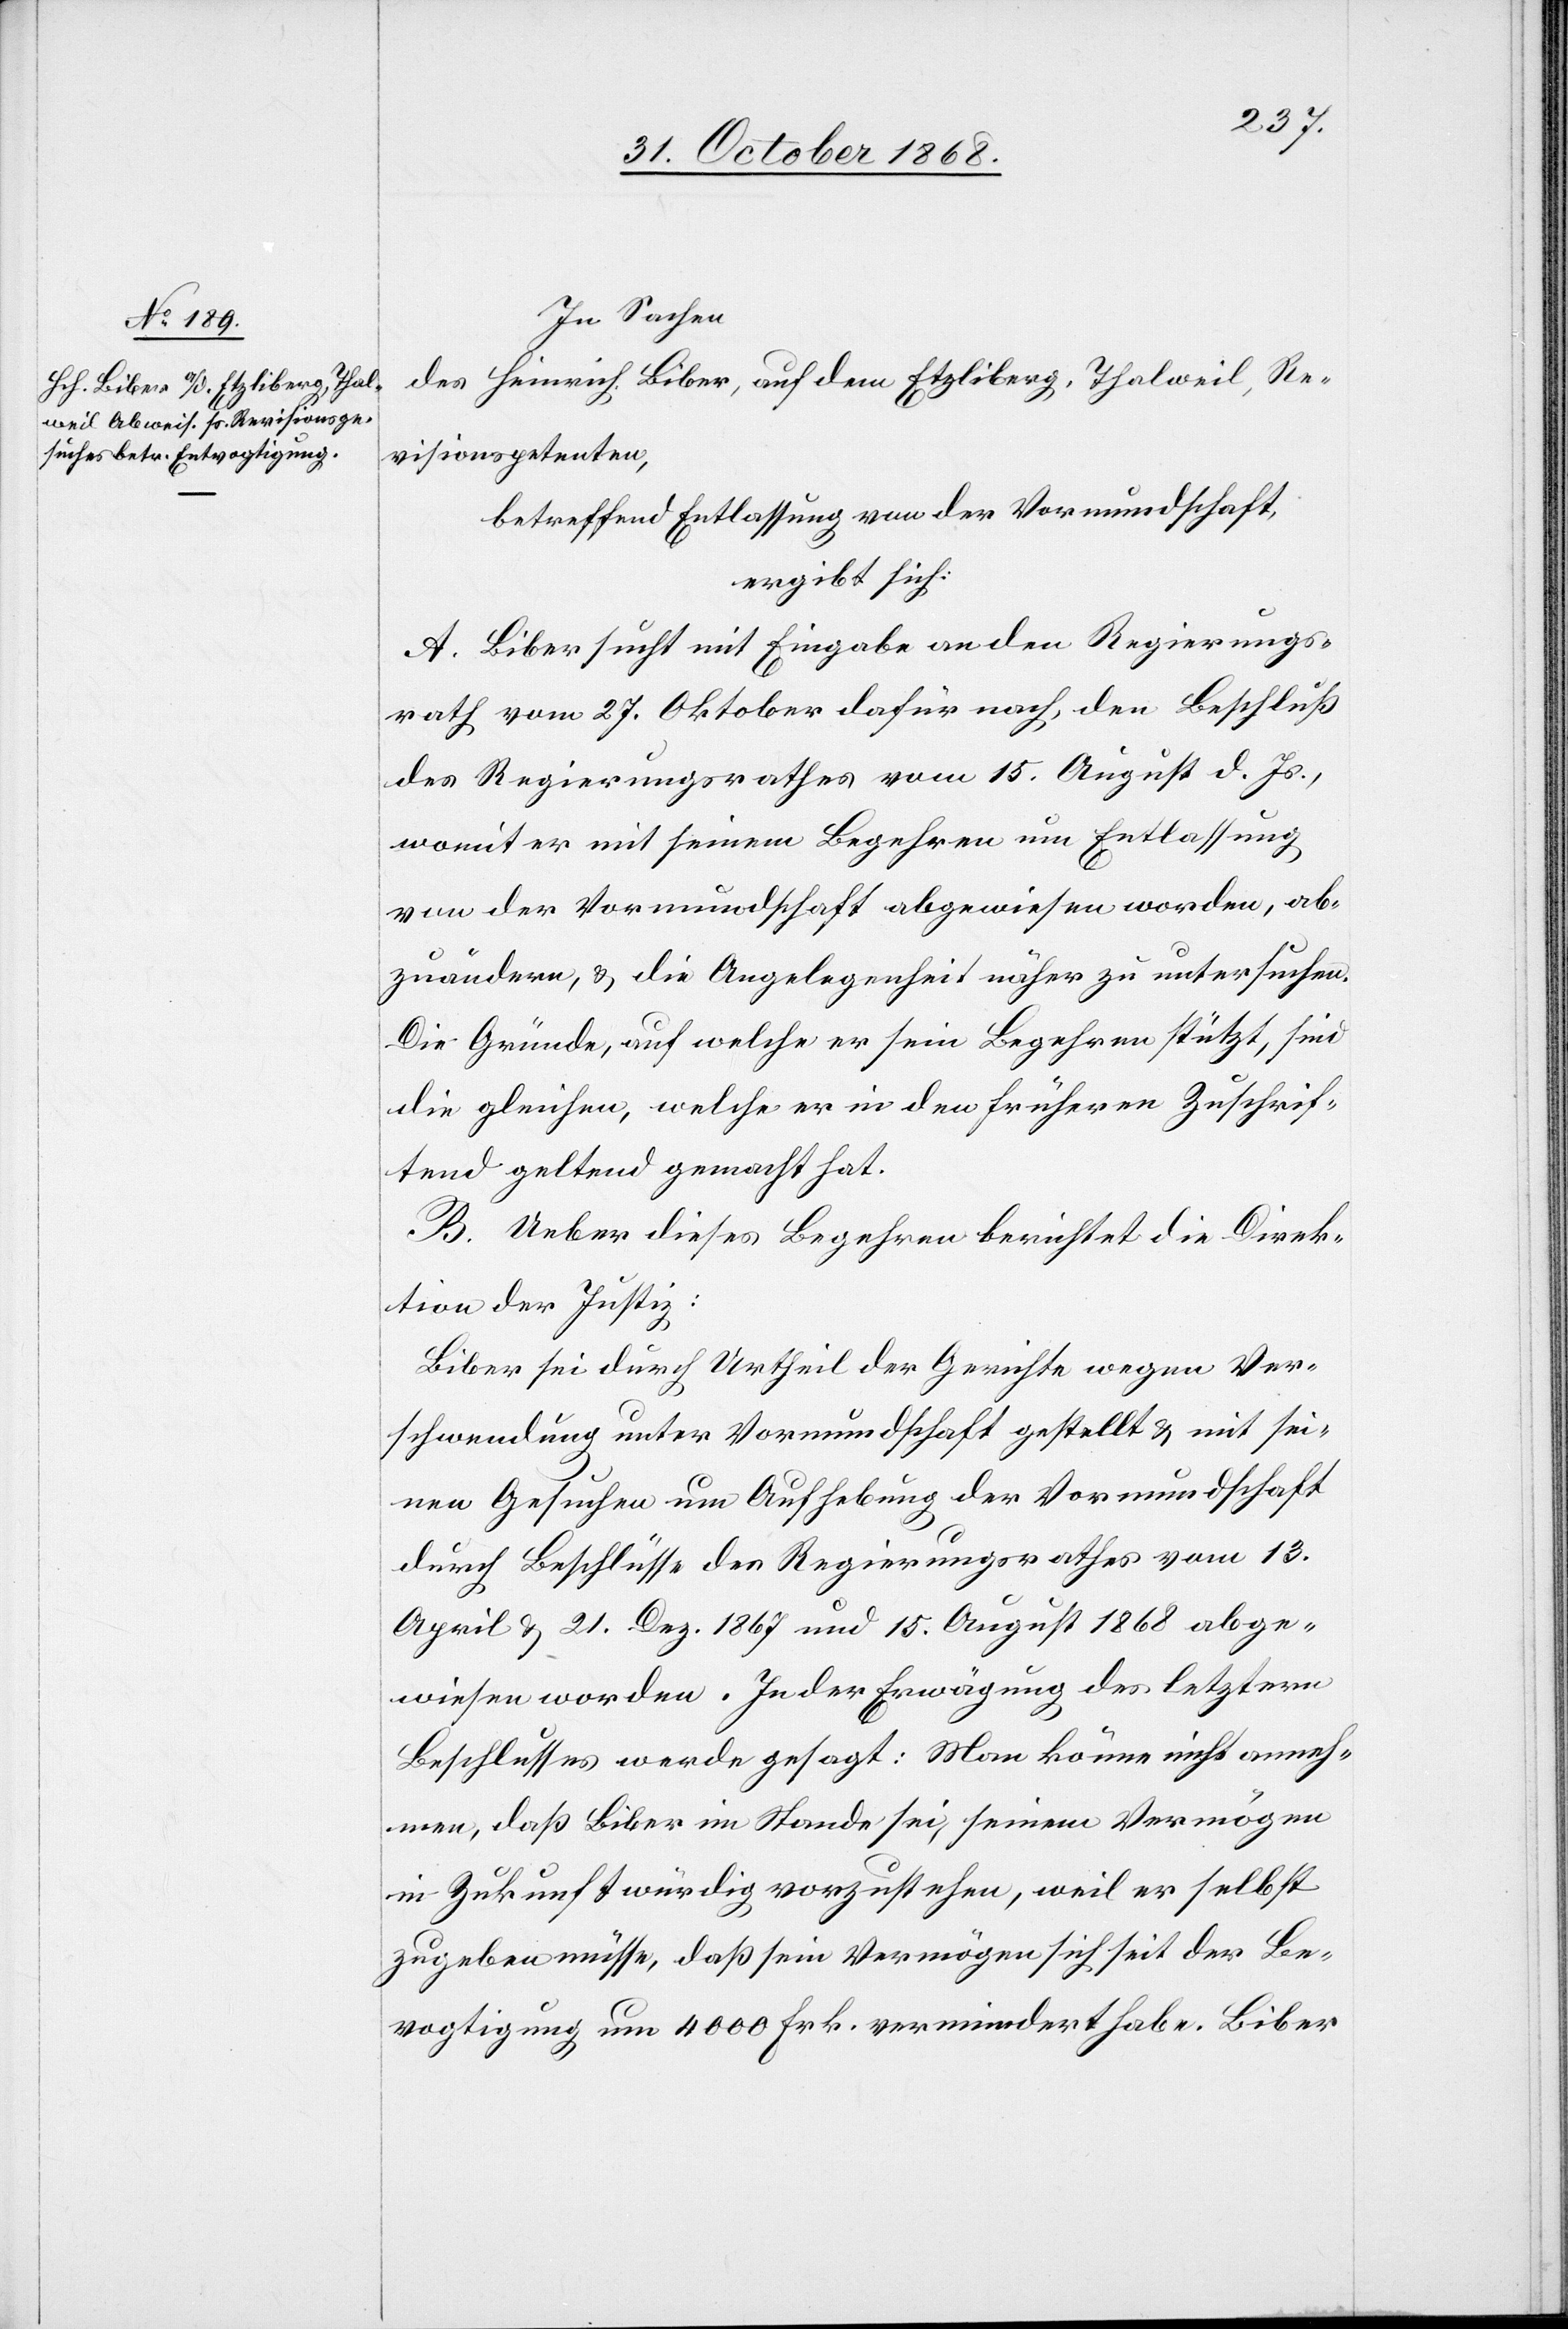
In Sachen
des Heinrich Biber, auf dem Etzliberg, Thalweil, Re¬
visionspetenten,
betreffend Entlassung von der Vormundschaft,
ergibt sich:
A. Biber sucht mit Eingabe an den Regierungs¬
rath vom 27. Oktober dafür nach, den Beschluß
des Regierungsrathes vom 15. August d. Js.,
womit er mit seinem Begehren um Entlassung
von der Vormundschaft abgewiesen worden, ab¬
zuändern, & die Angelegenheit näher zu untersuchen.
Die Gründe, auf welche er sein Begehren stützt, sind
die gleichen, welche er in den früheren Zuschrif¬
tend [sic!] geltend gemacht hat.
B. Ueber dieses Begehren berichtet die Direk¬
tion der Justiz:
Biber sei durch Urtheil der Gerichte wegen Ver¬
schwendung unter Vormundschaft gestellt & mit sei¬
nen Gesuchen um Aufhebung der Vormundschaft
durch Beschlüsse des Regierungsrathes vom 13.
April & 21. Dez. 1867 und 15. August 1868 abge¬
wiesen worden. In der Erwägung des letztern
Beschlusses werde gesagt: Man könne nicht anneh¬
men, daß Biber im Stande sei, seinem Vermögen
in Zukunft würdig vorzustehen, weil er selbst
zugeben müsse, daß sein Vermögen sich seit der Be¬
vogtigung um 4000 Frk. vermindert habe. Biber